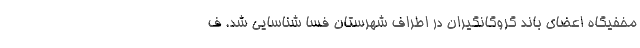
مخفیگاه اعضای باند گروگانگیران در اطراف شهرستان فسا شناسایی شد. ف